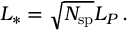
L _ { * } = \sqrt { N _ { \mathrm { s p } } } L _ { P } \, .